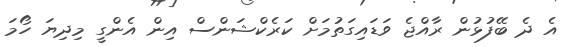
އެ ދެ ބޭފުޅުން ރާއްޖެ ވަޑައިގަތުމަށް ކަރެކްޝަންސް އިން އެންގީ މިދިޔަ ހޯމަ